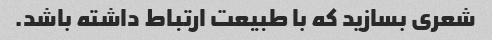
شعری بسازید که با طبیعت ارتباط داشته باشد.